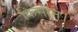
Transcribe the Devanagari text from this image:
किसान।